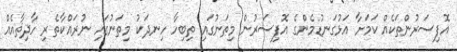
އޮފިސަރުންތަކެއް ކަމަށާ އަޅުގަނޑުމެންގެ އޮފިސަރުން މިތަނުގައި ތިބިހާ ހިނދަކު މިތަނުގައި ނުރައްކާތެރި ހާދިޘާއެއް